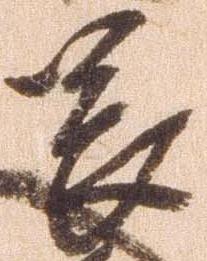
畏